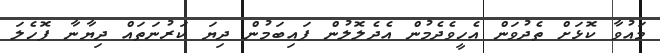
މައުވާ ކޮޅަށް ތެދުވަން އެހީވެދެމުން އެދެލޮލުން ފައިބަމުން ދިޔަ ކަރުނަތައް ދިޔާނާ ފޮހެލަ